Report of the Municipal Commissioner on the plague in Bombay for the year ending 31st May... - Volume 1
Disease focus: Plague
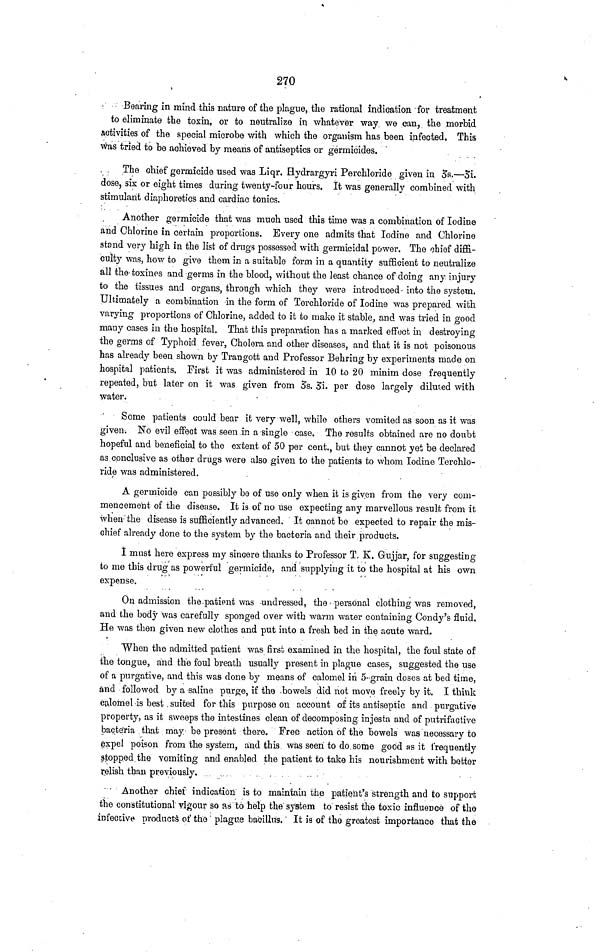
270
Bearing in mind this nature of the plague, the rational indication for treatment
to eliminate the toxin, or to neutralize in whatever way we can, the morbid
activities of the special microbe with which the organism has been infected. This
was tried to be achieved by means of antiseptics or germicides.
The chief germicide used was Liqr. Hydrargyri Perchloride given in 3.—3i.
dose, six or eight times during twenty-four hours. It was generally combined with
stimulant diaphoretics and cardiac tonics.
Another germicide that was much used this time was a combination of Iodine
and Chlorine in certain proportions. Every one admits that Iodine and Chlorine
stand very high in the list of drugs possessed with germicidal power. The chief diffi-
culty was, how to give them in a suitable form in a quantity sufficient to neutralize
all the-toxines and germs in the blood, without the least chance of doing any injury
to the tissues and organs, through which they were introduced into the system.
Ultimately a combination in the form of Terchloride of Iodine was prepared with
varying proportions of Chlorine, added to it to make it stable, and was tried in good
many cases in the hospital. That this preparation has a marked effect in destroying
the germs of Typhoid fever, Cholera and other diseases, and that it is not poisonous
has already been shown by Trangott and Professor Behring by experiments made on
hospital patients. First it was administered in 10 to 20 minim dose frequently
repeated, but later on it was given from 3s. 3i per dose largely diluted with
water.
Some patients could bear it very well, while others vomited as soon as it was
given. No evil effect was seen in a single case. The results obtained are no doubt
hopeful and beneficial to the extent of 50 per cent., but they cannot yet be declared
as conclusive as other drugs were also given to the patients to whom Iodine Terchlo-
ride was administered.
A germicide can possibly be of use only when it is given from the very com-
mencement of the disease. It is of no use expecting any marvellous result from it
when the disease is sufficiently advanced. It cannot be expected to repair the mis-
chief already done to the system by the bacteria and their products.
I must here express my sincere thanks to Professor T. K. Gujjar, for suggesting
to me this drug as powerful germicide, and supplying it to the hospital at his own
expense.
On admission the.patient was undressed, the personal clothing was removed,
and the body was carefully sponged over with warm water containing Condy's fluid.
He was then given new clothes and put into a fresh bed in the acute ward.
When the admitted patient was first examined in the hospital, the foul state of
the tongue, and the foul breath usually present in plague cases, suggested the use
of a purgative, and this was done by means of calomel in 5- grain doses at bed time,
and followed by a saline purge, if the bowels did not move freely by it. I think
calomel is best suited for this purpose on account of its antiseptic and purgative
property, as it sweeps the intestines clean of decomposing injesta and of putrifactive
bacte'ria that may be present there. Free action of the bowels was necessary to
expel poison from the system, and this was seen to do some good as it frequently
stopped the vomiting and enabled the patient to take his nourishment with better
relish than previously.
Another chief indication is to maintain the patient's strength and to support
the constitutional vigour so as to help the system to resist the toxic influence of the
infective products of the plague bacillus. It is of the greatest importance that the